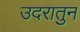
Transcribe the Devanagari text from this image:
उदरातुन